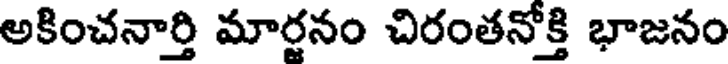
అకించనార్తి మార్జనం చిరంతనోక్తి భాజనం